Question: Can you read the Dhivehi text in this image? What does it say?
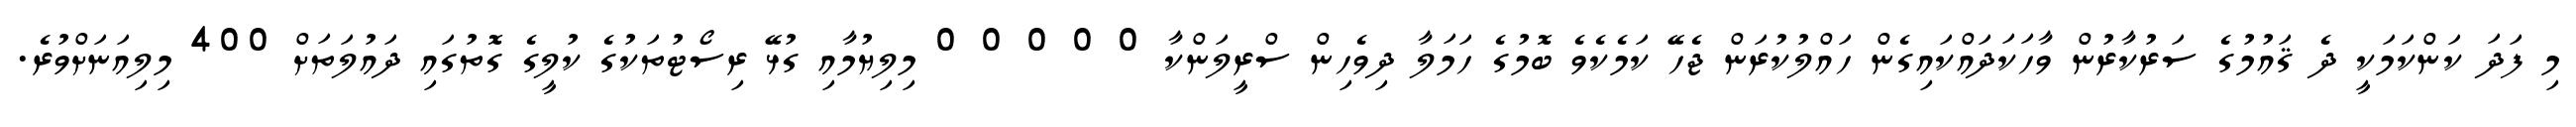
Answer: މި ފަދަ ކަންކަމަކީ ދެ ޤައުމުގެ ސަރުކާރުން ވާހަކަދައްކައިގެން ހައްލުކުރަން ޖެހޭ ކަމެކެވެ ބޮމުގެ ހަމަލާ ދިވެހިން ސްރީލަންކާ 0 0 0 0 0 މިލިޔުމާއި ގުޅޭ ރިސޯޓުތަކުގެ ކުލީގެ ގޮތުގައި ދައުލަތަށް 400 މިލިއަނަށްވުރެ.